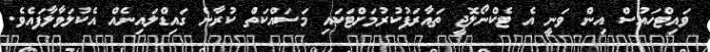
ވައިޓްހައުސް އިން ވަނީ އެ ޓެކްނޯލޮޖީ ތައާރަފުކުރުމަށްޓަކައި މަސައްކަތް ކުރާނެ ގައިޑްލައިނެއް އެކުލަވާލާފައެވެ.